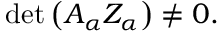
\operatorname * { d e t } \left( A _ { \alpha } Z _ { \alpha } \right) \neq 0 .